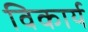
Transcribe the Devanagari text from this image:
विकार्य